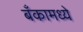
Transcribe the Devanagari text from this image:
बँकामध्ये